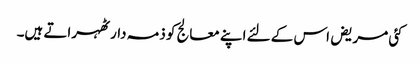
کئی مریض اس کے لئے اپنے معالج کو ذمہ دار ٹھہراتے ہیں۔